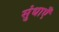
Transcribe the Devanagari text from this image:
सुंधाएँ